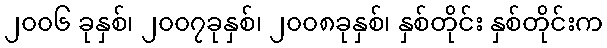
၂၀၀၆ ခုနှစ်၊ ၂၀၀၇ခုနှစ်၊ ၂၀၀၈ခုနှစ်၊ နှစ်တိုင်း နှစ်တိုင်းက